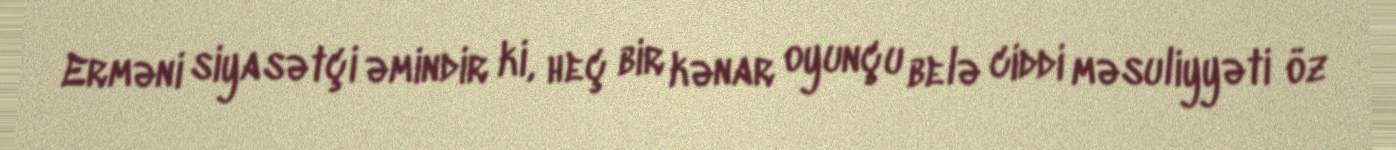
Erməni siyasətçi əmindir ki, heç bir kənar oyunçu belə ciddi məsuliyyəti öz